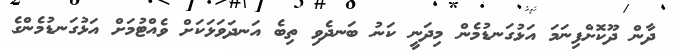
ދާން ދޫކޮށްފިނަމަ އަޅުގަނޑުމެން މިދަނީ ކަނު ބަނދެވި ތިބެ އަނދަވަޅަކަށް ވެއްޓުމަށް އަޅުގަނޑުމެންގެ